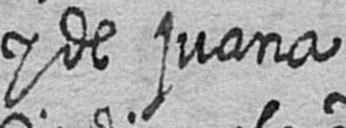
y de juana